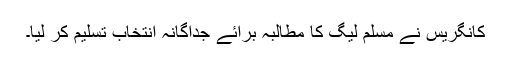
کانگریس نے مسلم لیگ کا مطالبہ برائے جداگانہ انتخاب تسلیم کر لیا۔